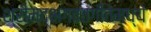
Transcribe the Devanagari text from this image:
श्रीमद्भगवतगीतेमध्ये